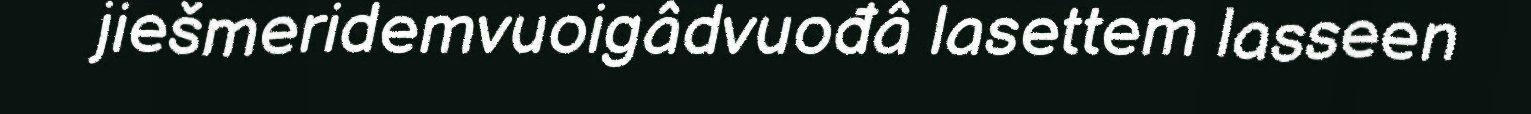
jiešmeridemvuoigâdvuođâ lasettem lasseen